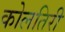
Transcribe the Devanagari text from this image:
कोलतिरी